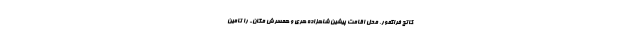
کاتج فراگمور، محل اقامت پیشین شاهزاده هری و همسرش مگان- را تامین